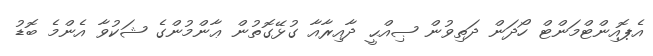
އެޕޮއިންޓްމަންޓް ހޯދަން ދަތިވުން ޞިއްޙީ ދާއިރާއާ ގުޅޭގޮތުން ޢާންމުންގެ ޝަކުވާ އެންމެ ބޮޑު